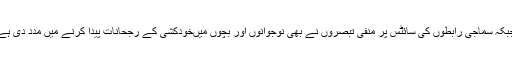
جبکہ سماجی رابطوں کی سائٹس پر منفی تبصروں نے بھی نوجوانوں اور بچوں میںخودکشی کے رجحانات پیدا کرنے میں مدد دی ہے۔